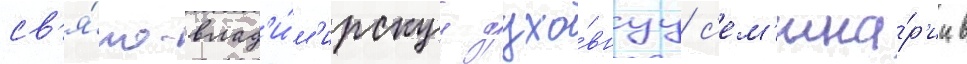
св'я́то-влад'и́м'ирскуу духо́внуу с'ем'ина́р'ии в